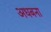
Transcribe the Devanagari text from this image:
अधबना